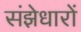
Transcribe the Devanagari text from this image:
संझेधारों